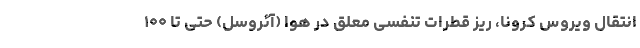
انتقال ویروس کرونا، ریز قطرات تنفسی معلق در هوا (آئروسل) حتی تا ۱۰۰